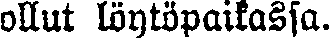
ollut löytöpaikassa.